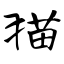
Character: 猫